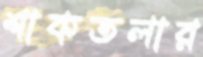
শাকতলার